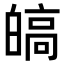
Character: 皜